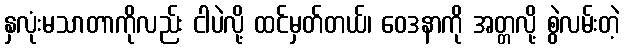
နှလုံးမသာတာကိုလည်း ငါပဲလို့ ထင်မှတ်တယ်၊ ဝေဒနာကို အတ္တလို့ စွဲလမ်းတဲ့